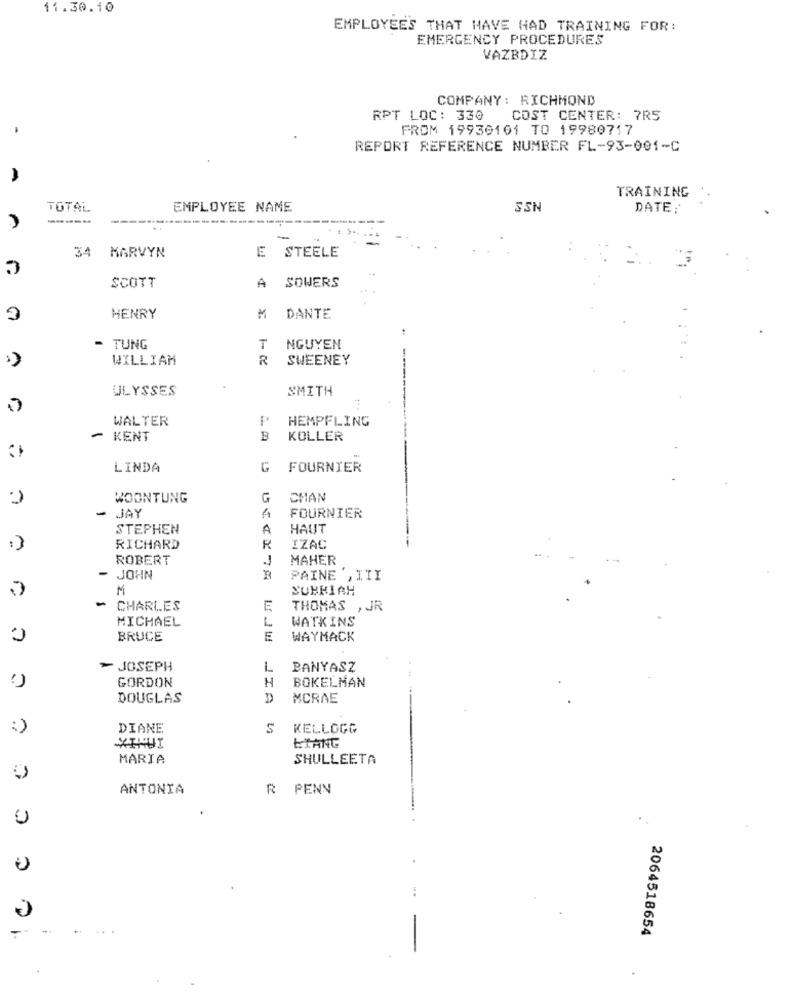
11.30.10
EMPLOYEES THAT HAVE HAD TRAINING FOR:
EMERGENCY PROCEDURES
VAZBDIZ
COMPANY: RICHMOND
RPT LOC: 330
COST CENTER: 7R5
FROM 19930101 TO 19980717
REPORT REFERENCE NUMBER FL-93-001-C
A
TRAINING
TOTAL
EMPLOYEE NAME
SSN
DATE:
-----
34 MARVYN
STEELE
E
SCOTT
SOWERS
A
3
HENRY
M
DANTE
- TUNG
T
NGUYEN
WILLIAM
R
SWEENEY
ULYSSES
SMITH
WALTER
F
HEMPFLING
- KENT
B
KOLLER
LINDA
G
FOURNIER
WOONTUNG
G
CHAN
JAY
-
A
FOURNIER
STEPHEN
A
HAUT
RICHARD
R
IZAC
ROBERT
MAHER
- JOHN
PAINE , III
M
SUBKIAH
-
CHARLES
E
THOMAS , JR
MICHAEL
WATKINS
BRUCE
E
WAYMACK
> JOSEPH
L
BANYASZ
GORDON
H
BOKELMAN
DOUGLAS
MCRAE
:)
DIANE
S
KELLOGG
ETANG
XIHUI
MARIA
SHULLEETA
ANTONIA
R PENN
C
--
-+
2064518654